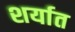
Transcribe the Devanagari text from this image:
शर्यात